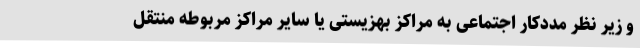
و زیر نظر مددکار اجتماعی به مراکز بهزیستی یا سایر مراکز مربوطه منتقل